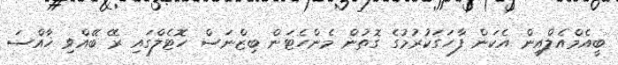
ބީއެމްއެލްއިން އެކަން ފާހަގަކުރުމުގެ ގޮތުން މެންހެޓަން ބިޒްނަސް ހޮޓެލްގައި ރޭ ބޭއްވި ޚާއްސަ